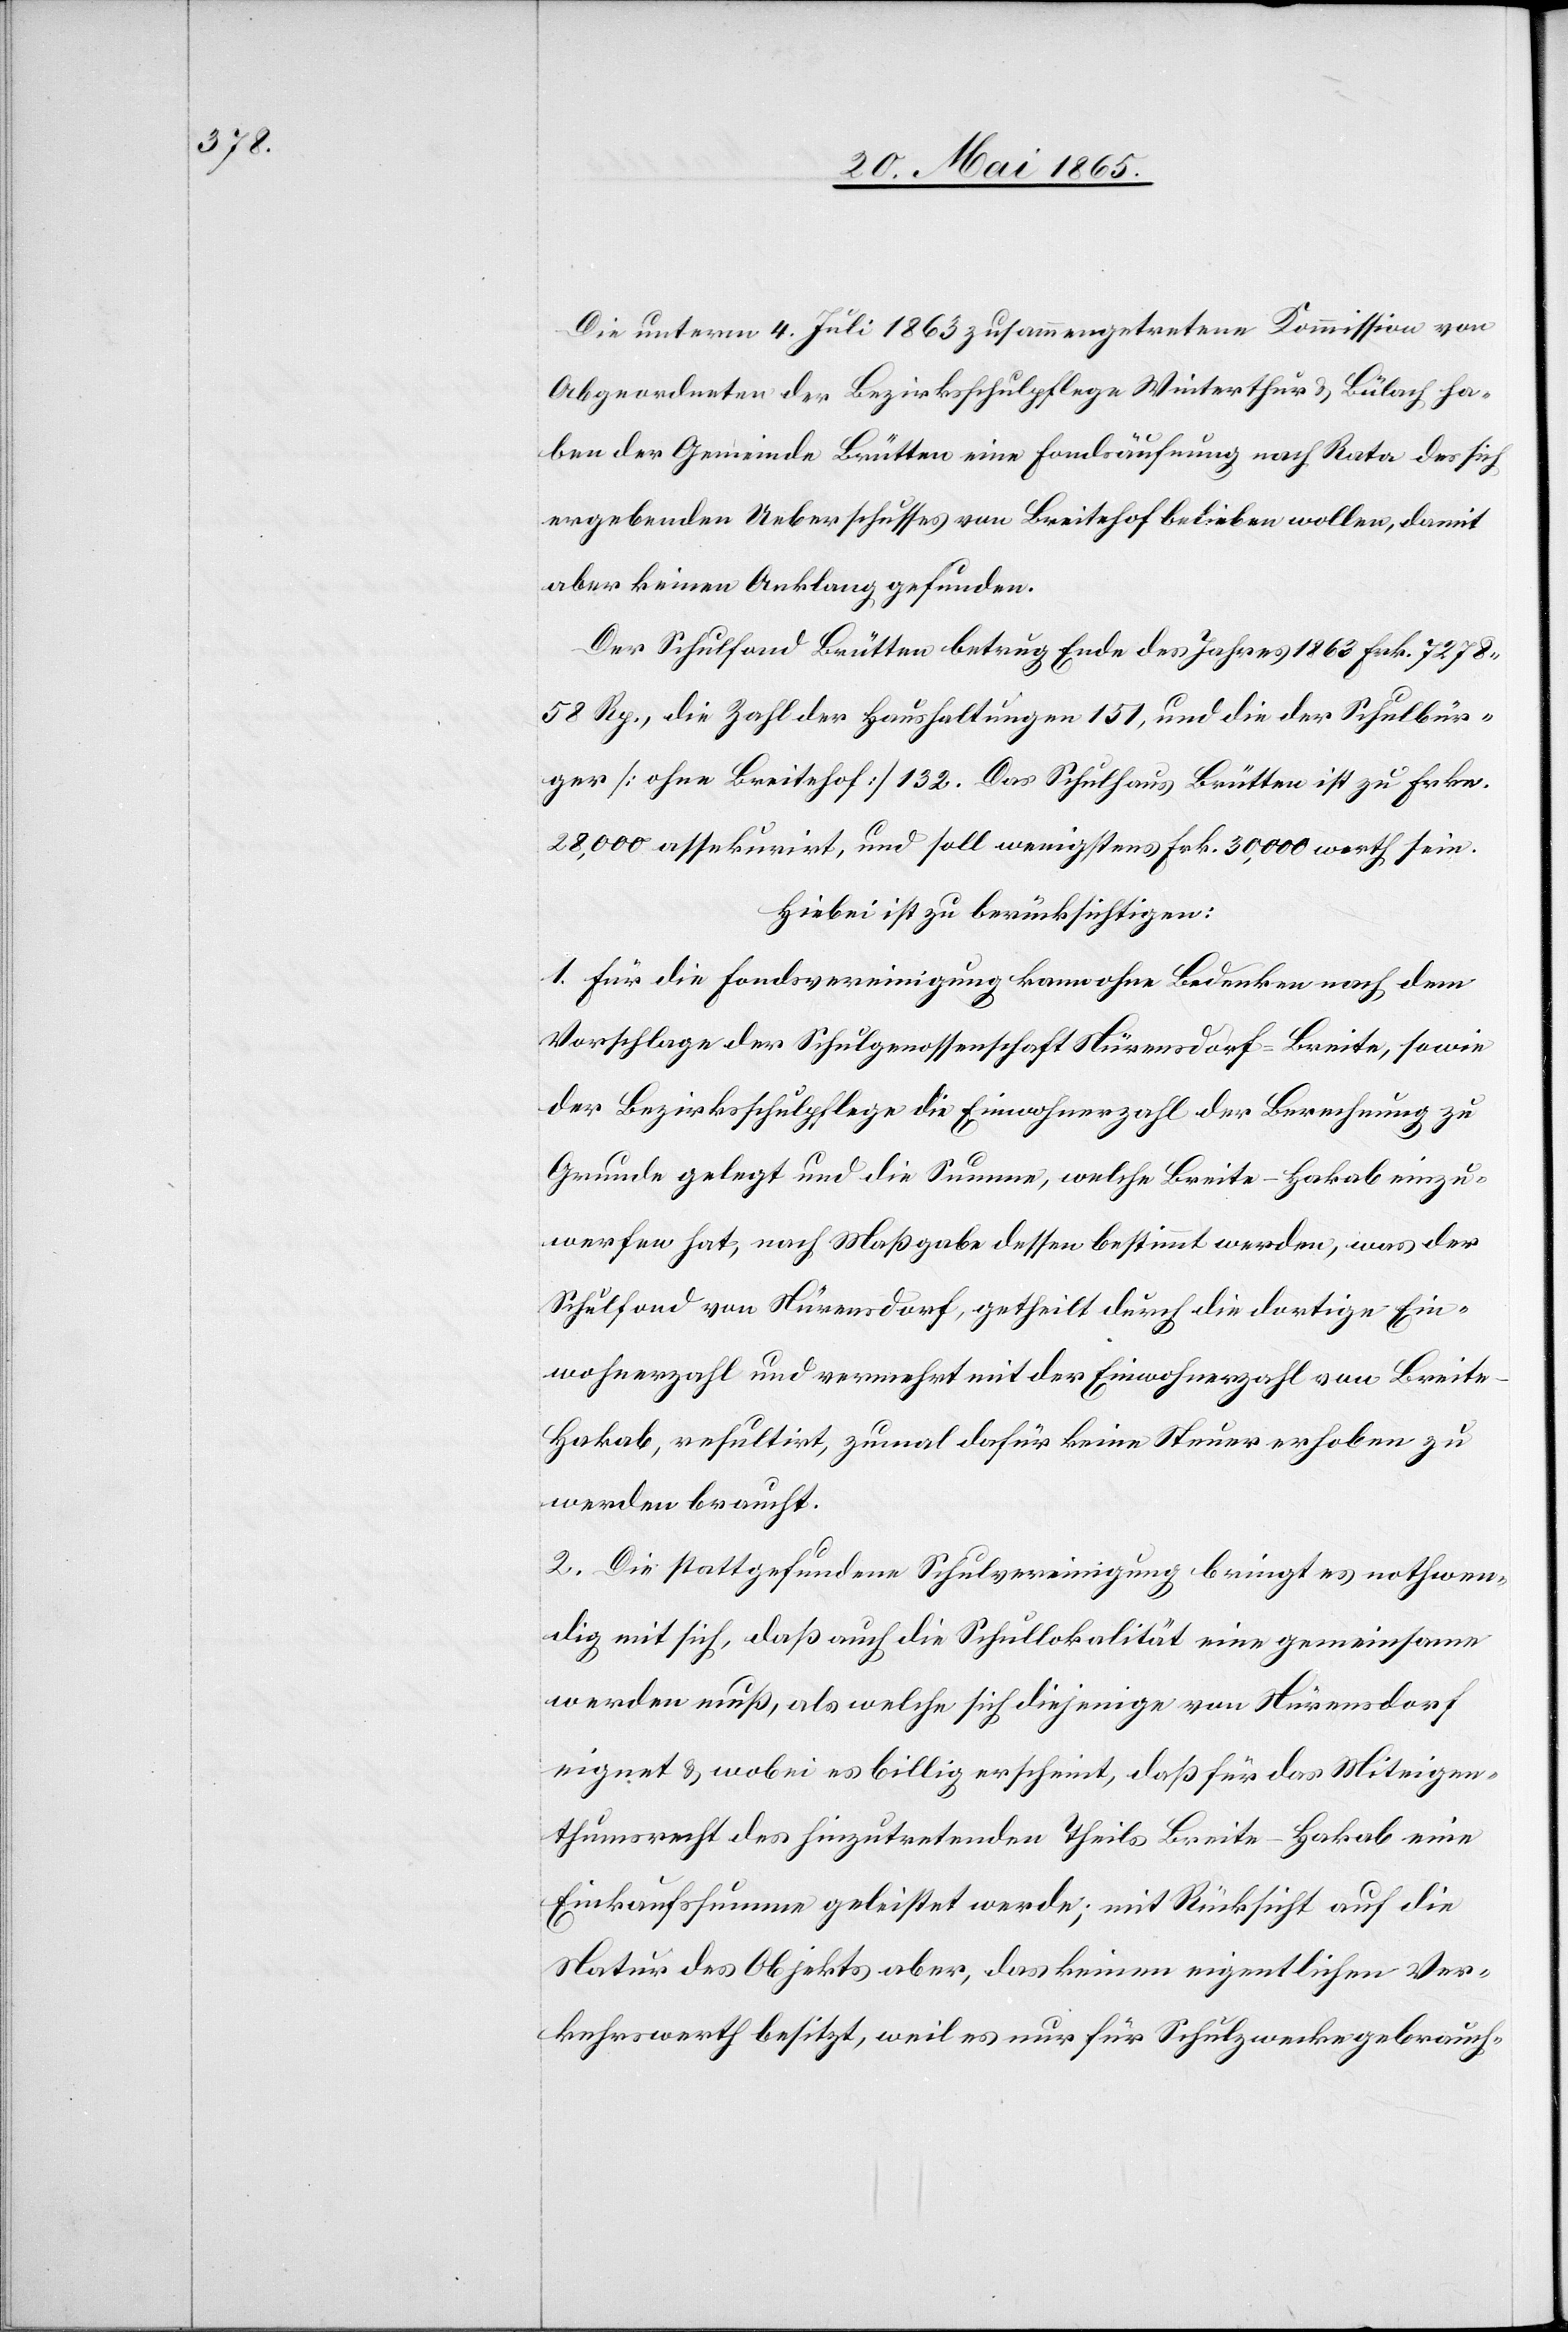
Die unterm 4. Juli 1863 zusammengetretene Kommission von
Abgeordneten der Bezirksschulpflege Winterthur & Bülach ha¬
ben der Gemeinde Brütten eine Fondsäufnung nach Rata des sich
ergebenden Ueberschusses von Breitehof belieben wollen, damit
aber keinen Anklang gefunden.
Der Schulfond Brütten betrug Ende des Jahres 1863 Frk. 7278
58 Rp., die Zahl der Haushaltungen 151, und die der Schulbür¬
ger [ohne Breitehof] 132. Das Schulhaus Brütten ist zu Frkn.
28,000 assekurirt, und soll wenigstens Frk. 30,000 werth sein.
Hiebei ist zu berücksichtigen:
1. Für die Fondsvereinigung kann ohne Bedenken nach dem
Vorschlage der Schulgenossenschaft Nürensdorf-Breite, sowie
der Bezirksschulpflege die Einwohnerzahl der Berechnung zu
Grunde gelegt und die Summe, welche Breite-Hakab einzu¬
werfen hat, nach Maßgabe dessen bestimmt werden, was der
Schulfond von Nürensdorf, getheilt durch die dortige Ein¬
wohnerzahl und vermehrt mit der Einwohnerzahl von Breit¬
e-Hakab, resultirt, zumal dafür keine Steuer erhoben zu
werden braucht.
2. Die stattgefundene Schulvereinigung bringt es nothwen¬
dig mit sich, daß auch die Schullokalität eine gemeinsame
werden muß, als welche sich diejenige von Nürensdorf
eignet & wobei es billig erscheint, daß für das Miteigen¬
thumsrecht des hinzutretenden Theils Breite-Hakab eine
Einkaufssumme geleistet werde; mit Rücksicht auf die
Natur des Objekts aber, das keinen eigentlichen Ver¬
kehrswerth besitzt, weil es nur für Schulzwecke gebrauch-